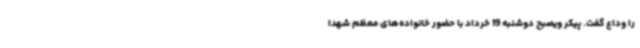
را وداع گفت. پیکر ویصبح دوشنبه 19 خرداد با حضور خانواده‌های معظم شهدا